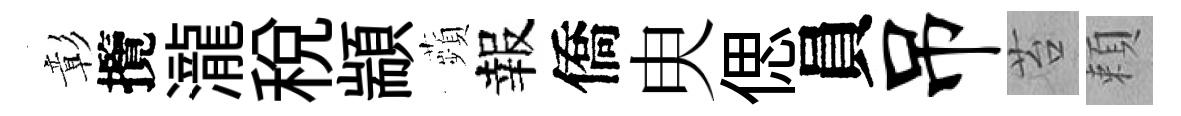
彰攬瀧稅顓蘋報僑㬰偲員吊苔頼